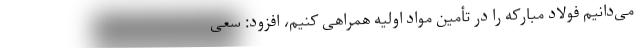
می‌دانیم فولاد مبارکه را در تأمین مواد اولیه همراهی کنیم، افزود: سعی